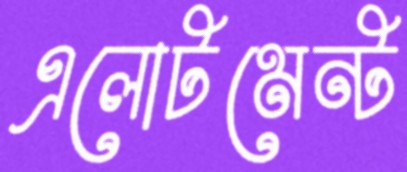
এলোটমেন্ট